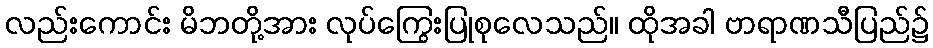
လည်းကောင်း မိဘတို့အား လုပ်ကြွေးပြုစုလေသည်။ ထိုအခါ ဗာရာဏသီပြည်၌